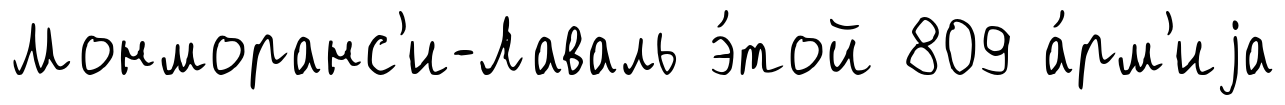
Монморанс'и-Лаваль э́той 809 а́рм'иjа